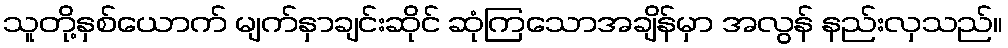
သူတို့နှစ်ယောက် မျက်နှာချင်းဆိုင် ဆုံကြသောအချိန်မှာ အလွန် နည်းလှသည်။